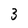
Character: 3